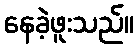
နေခဲ့ဖူးသည်။